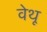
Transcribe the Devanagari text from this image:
वेथू